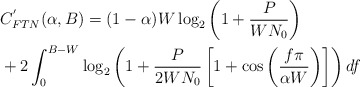
\begin{align*}&C^{'}_{FTN}(\alpha,B) = (1-\alpha)W \log_{2} \left( 1 + \frac{P}{WN_{0}}\right) \\ &+2 \int_{0}^{B-W}\log_{2} \left( 1 + \frac{P}{2WN_{0}}\left[1 + \cos\left(\frac{f\pi}{\alpha W}\right)\right]\right) df\end{align*}